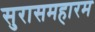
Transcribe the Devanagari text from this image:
सुरासमहारम